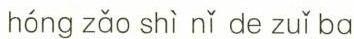
hóng zǎo shì nǐ de zuǐ ba